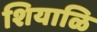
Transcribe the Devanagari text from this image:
शियाळि